Vaccination in Burma 1889-1999 - 1889-1999
Year: 1889
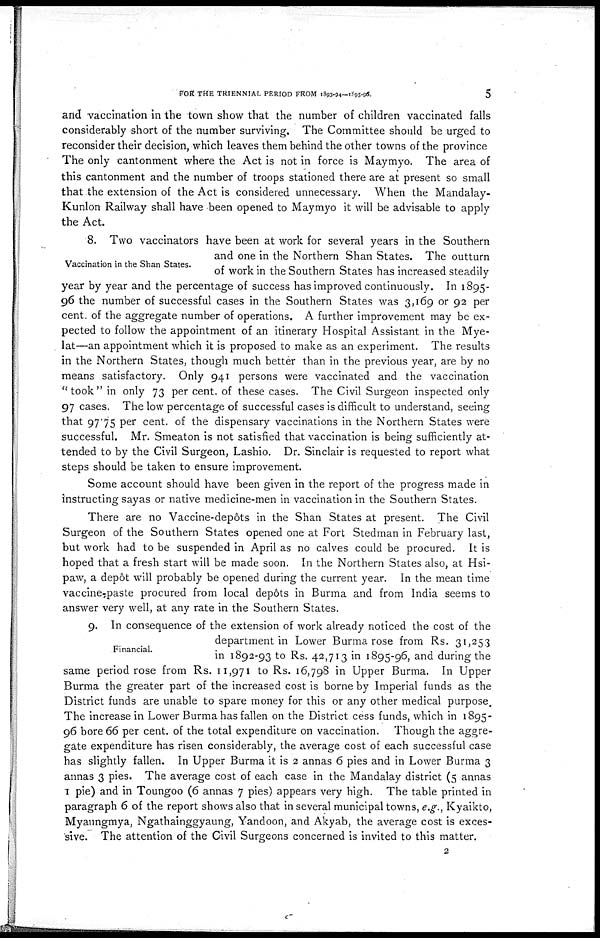
FOR THE TRIENNIAL PERIOD FROM 1893-94—1895-96.
5
and vaccination in the town show that the number of children vaccinated falls
considerably short of the number surviving. The Committee should be urged to
reconsider their decision, which leaves them behind the other towns of the province
The only cantonment where the Act is not in force is Maymyo. The area of
this cantonment and the number of troops stationed there are at present so small
that the extension of the Act is considered unnecessary. When the Mandalay-
Kunlon Railway shall have been opened to Maymyo it will be advisable to apply
the Act.
Vaccination in the Shan States.
8. Two vaccinators have been at work for several years in the Southern
and one in the Northern Shan States. The outturn
of work in the Southern States has increased steadily
year by year and the percentage of success has improved continuously. In 1895-
96 the number of successful cases in the Southern States was 3,169 or 92 per
cent. of the aggregate number of operations. A further improvement may be ex-
pected to follow the appointment of an itinerary Hospital Assistant in the Mye-
lat—an appointment which it is proposed to make as an experiment. The results
in the Northern States, though much better than in the previous year, are by no
means satisfactory. Only 941 persons were vaccinated and the vaccination
" took " in only 73 per cent. of these cases. The Civil Surgeon inspected only
97 cases. The low percentage of successful cases is difficult to understand, seeing
that 97.75 per cent. of the dispensary vaccinations in the Northern States were
successful. Mr. Smeaton is not satisfied that vaccination is being sufficiently at-
tended to by the Civil Surgeon, Lashio. Dr. Sinclair is requested to report what
steps should be taken to ensure improvement.
Some account should have been given in the report of the progress made in
instructing sayas or native medicine-men in vaccination in the Southern States.
There are no Vaccine-depôts in the Shan States at present. The Civil
Surgeon of the Southern States opened one at Fort Stedman in February last,
but work had to be suspended in April as no calves could be procured. It is
hoped that a fresh start will be made soon. In the Northern States also, at Hsi-
paw, a depôt will probably be opened during the current year. In the mean time
vaccine-paste procured from local depôts in Burma and from India seems to
answer very well, at any rate in the Southern States.
Financial.
9. In consequence of the extension of work already noticed the cost of the
department in Lower Burma rose from Rs. 31,253
in 1892-93 to Rs. 42,713 in 1895-96, and during the
same period rose from Rs. 11,971 to Rs. 16,798 in Upper Burma. In Upper
Burma the greater part of the increased cost is borne by Imperial funds as the
District funds are unable to spare money for this or any other medical purpose.
The increase in Lower Burma has fallen on the District cess funds, which in 1895-
96 bore 66 per cent. of the total expenditure on vaccination. Though the aggre-
gate expenditure has risen considerably, the average cost of each successful case
has slightly fallen. In Upper Burma it is 2 annas 6 pies and in Lower Burma 3
annas 3 pies. The average cost of each case in the Mandalay district (5 annas
1 pie) and in Toungoo (6 annas 7 pies) appears very high. The table printed in
paragraph 6 of the report shows also that in several municipal towns, e.g., Kyaikto,
Myaungmya, Ngathainggyaung, Yandoon, and Akyab, the average cost is exces-
sive. The attention of the Civil Surgeons concerned is invited to this matter.
2